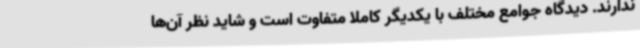
ندارند. دیدگاه جوامع مختلف با یکدیگر کاملا متفاوت است و شاید نظر آن‌ها